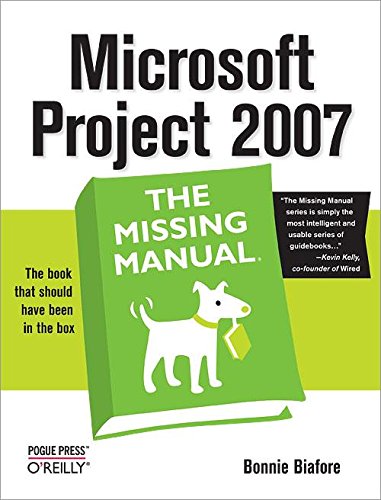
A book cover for Microsoft Project 2007: The Missing Manual; Bonnie Biafore; Computers & Technology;